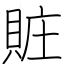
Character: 賍